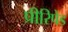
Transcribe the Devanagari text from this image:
प्रीरिपेड